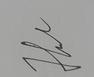
Signature authenticity: genuine